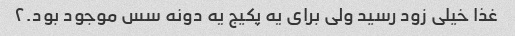
غذا خیلی زود رسید ولی برای یه پکیج یه دونه سس موجود بود.۲